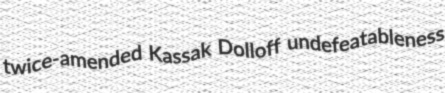
twice-amended Kassak Dolloff undefeatableness